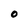
Character: 0